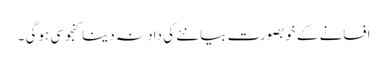
افسانے کے خوبصورت بیانئے کی داد نہ دینا کنجوسی ہوگی ۔